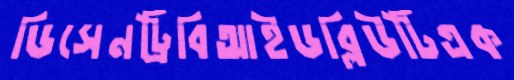
ডিসেনট্রিবিআইডব্লিউটিএক